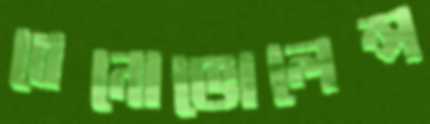
বেনোভোলেন্স